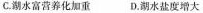
C.潮水富营养化加重 D.湖水盐度增大